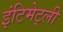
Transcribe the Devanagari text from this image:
इंटिमेट्ली